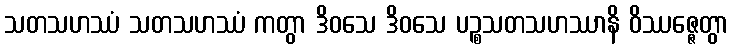
သတသဟဿံ သတသဟဿံ ကတွာ ဒိဝသေ ဒိဝသေ ပဉ္စသတသဟဿာနိ ဝိဿဇ္ဇေတွာ